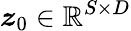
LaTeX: \boldsymbol{z}_{0}\in\mathbb{R}^{S\times D}